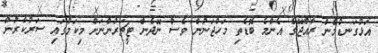
އަޅުގަނޑުމެން ރާއްޖޭގެ އެންމެ ބޮޑެތި މަހުޖަނުން ވެސް ނޭދެން ޓީޗަރުންނަށް މިކަމުގައި ސަރުކާރުން